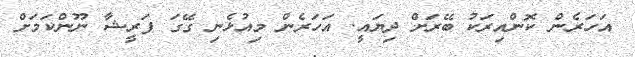
އަހަރެން ކޮންއިރަކު ބޭރަށް ދިޔައީ. އަހަރެން މިއުޅެނި ގޭގަ ފަރީޝާ ނޫންކަމަށް